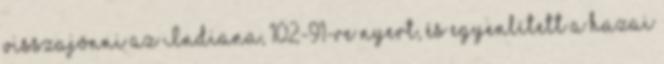
visszajönni az Indiana, 102-91-re nyert, és egyenlített a hazai